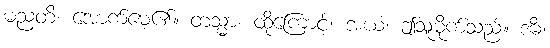
မညတိ၊ အောက်မေ့၏။ တသ္မာ၊ ထိုကြောင့်။ အယံ၊ ဤသူမိုက်သည်။ ဒဓိံ၊